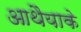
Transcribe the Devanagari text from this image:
आथैयाके